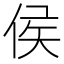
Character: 侯